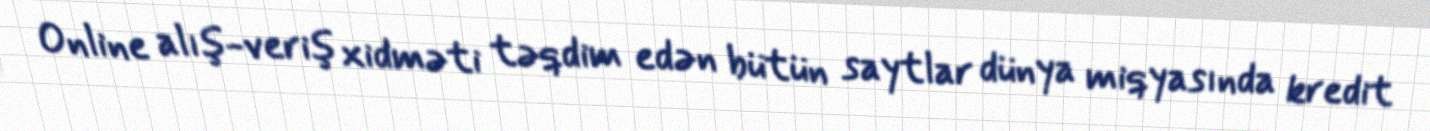
Online alış-veriş xidməti təqdim edən bütün saytlar dünya miqyasında kredit